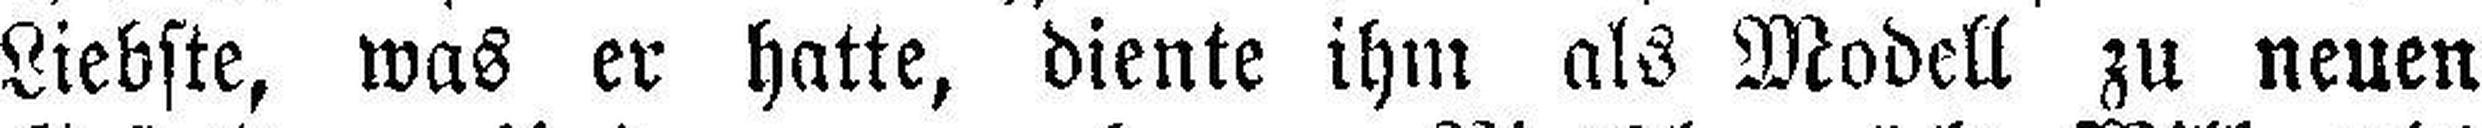
Liebste, was er hatte, diente ihm als Modell zu neuen